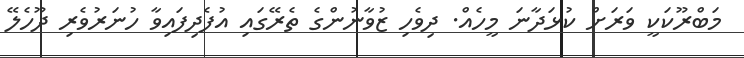
މަބްރޫކަކީ ވަރަށް ކުޅަދާނަ މީހެއް. ދިވެހި ޒުވާނުންގެ ތެރޭގައި އުފެދިފައިވާ ހުނަރުވެރި ދޫހެލޭ